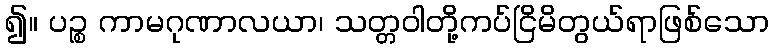
၍။ ပဉ္စ ကာမဂုဏာလယာ၊ သတ္တဝါတို့ကပ်ငြိမိတွယ်ရာဖြစ်သော